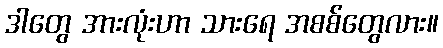
ဒါတွေ အားလုံးဟာ သားရေ အစစ်တွေလား။